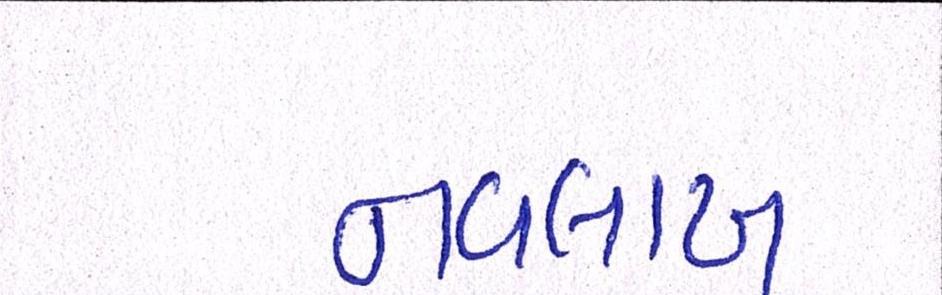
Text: નવલાખ